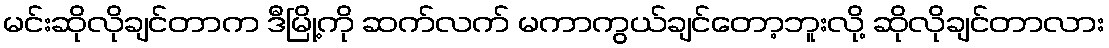
မင်းဆိုလိုချင်တာက ဒီမြို့ကို ဆက်လက် မကာကွယ်ချင်တော့ဘူးလို့ ဆိုလိုချင်တာလား